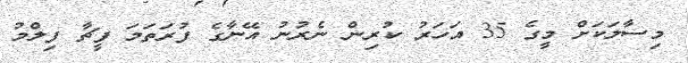
މިސާލަކަށް މީގެ 35 އަހަރު ކުރިން ނެރުނު އޭނާގެ ފުރަތަމަ ފީޗާ ފިލްމު